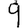
Digit: 9